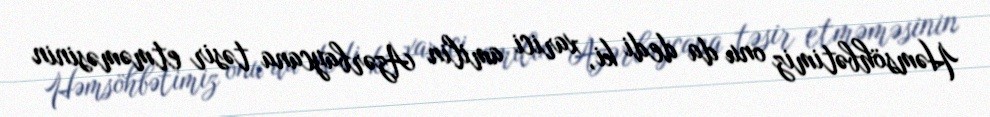
Həmsöhbətimiz onu da dedi ki, xarici amilin Azərbaycana təsir etməməsinin